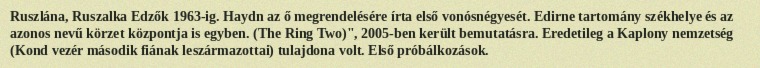
Ruszlána, Ruszalka Edzők 1963-ig. Haydn az ő megrendelésére írta első vonósnégyesét. Edirne tartomány székhelye és az azonos nevű körzet központja is egyben. (The Ring Two)", 2005-ben került bemutatásra. Eredetileg a Kaplony nemzetség (Kond vezér második fiának leszármazottai) tulajdona volt. Első próbálkozások.